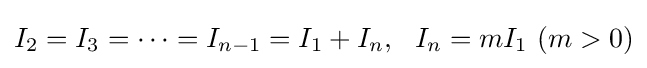
I_{2}=I_{3}=\cdots =I_{n-1}=I_{1}+I_{n},\ \ I_{n}=mI_{1}\ (m>0)